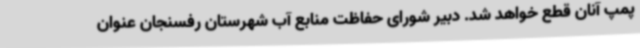
پمپ آنان قطع خواهد شد. دبیر شورای حفاظت منابع آب شهرستان رفسنجان عنوان